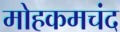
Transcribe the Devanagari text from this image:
मोहकमचंद